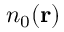
n _ { 0 } ( { \bf r } )